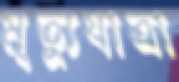
মৃত্যুযাত্রা